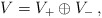
\begin{align*} V=V_+\oplus V_-\,,\end{align*}